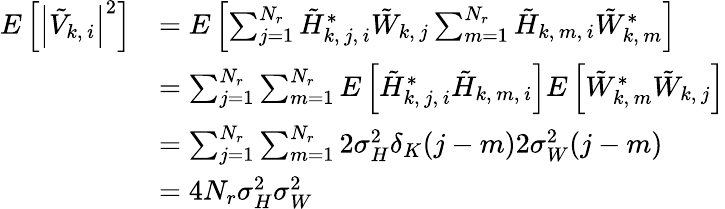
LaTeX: \begin{array}{rl}{E\left[\left|\tilde{V}_{k,\, i}\right|^{2}\right]}&{=E\left[\sum_{j=1}^{N_{r}}\tilde{H}_{k,\, j,\, i}^{*}\tilde{W}_{k,\, j}\sum_{m=1}^{N_{r}}\tilde{H}_{k,\, m,\, i}\tilde{W}_{k,\, m}^{*}\right]}\\ &{=\sum_{j=1}^{N_{r}}\sum_{m=1}^{N_{r}}E\left[\tilde{H}_{k,\, j,\, i}^{*}\tilde{H}_{k,\, m,\, i}\right]E\left[\tilde{W}_{k,\, m}^{*}\tilde{W}_{k,\, j}\right]}\\ &{=\sum_{j=1}^{N_{r}}\sum_{m=1}^{N_{r}}2\sigma_{H}^{2}\delta_{K}(j-m)2\sigma_{W}^{2}(j-m)}\\ &{=4N_{r}\sigma_{H}^{2}\sigma_{W}^{2}}\end{array}